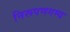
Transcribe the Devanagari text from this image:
निरूपणगम्य